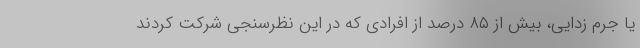
یا جرم زدایی، بیش از ۸۵ درصد از افرادی که در این نظرسنجی شرکت کردند